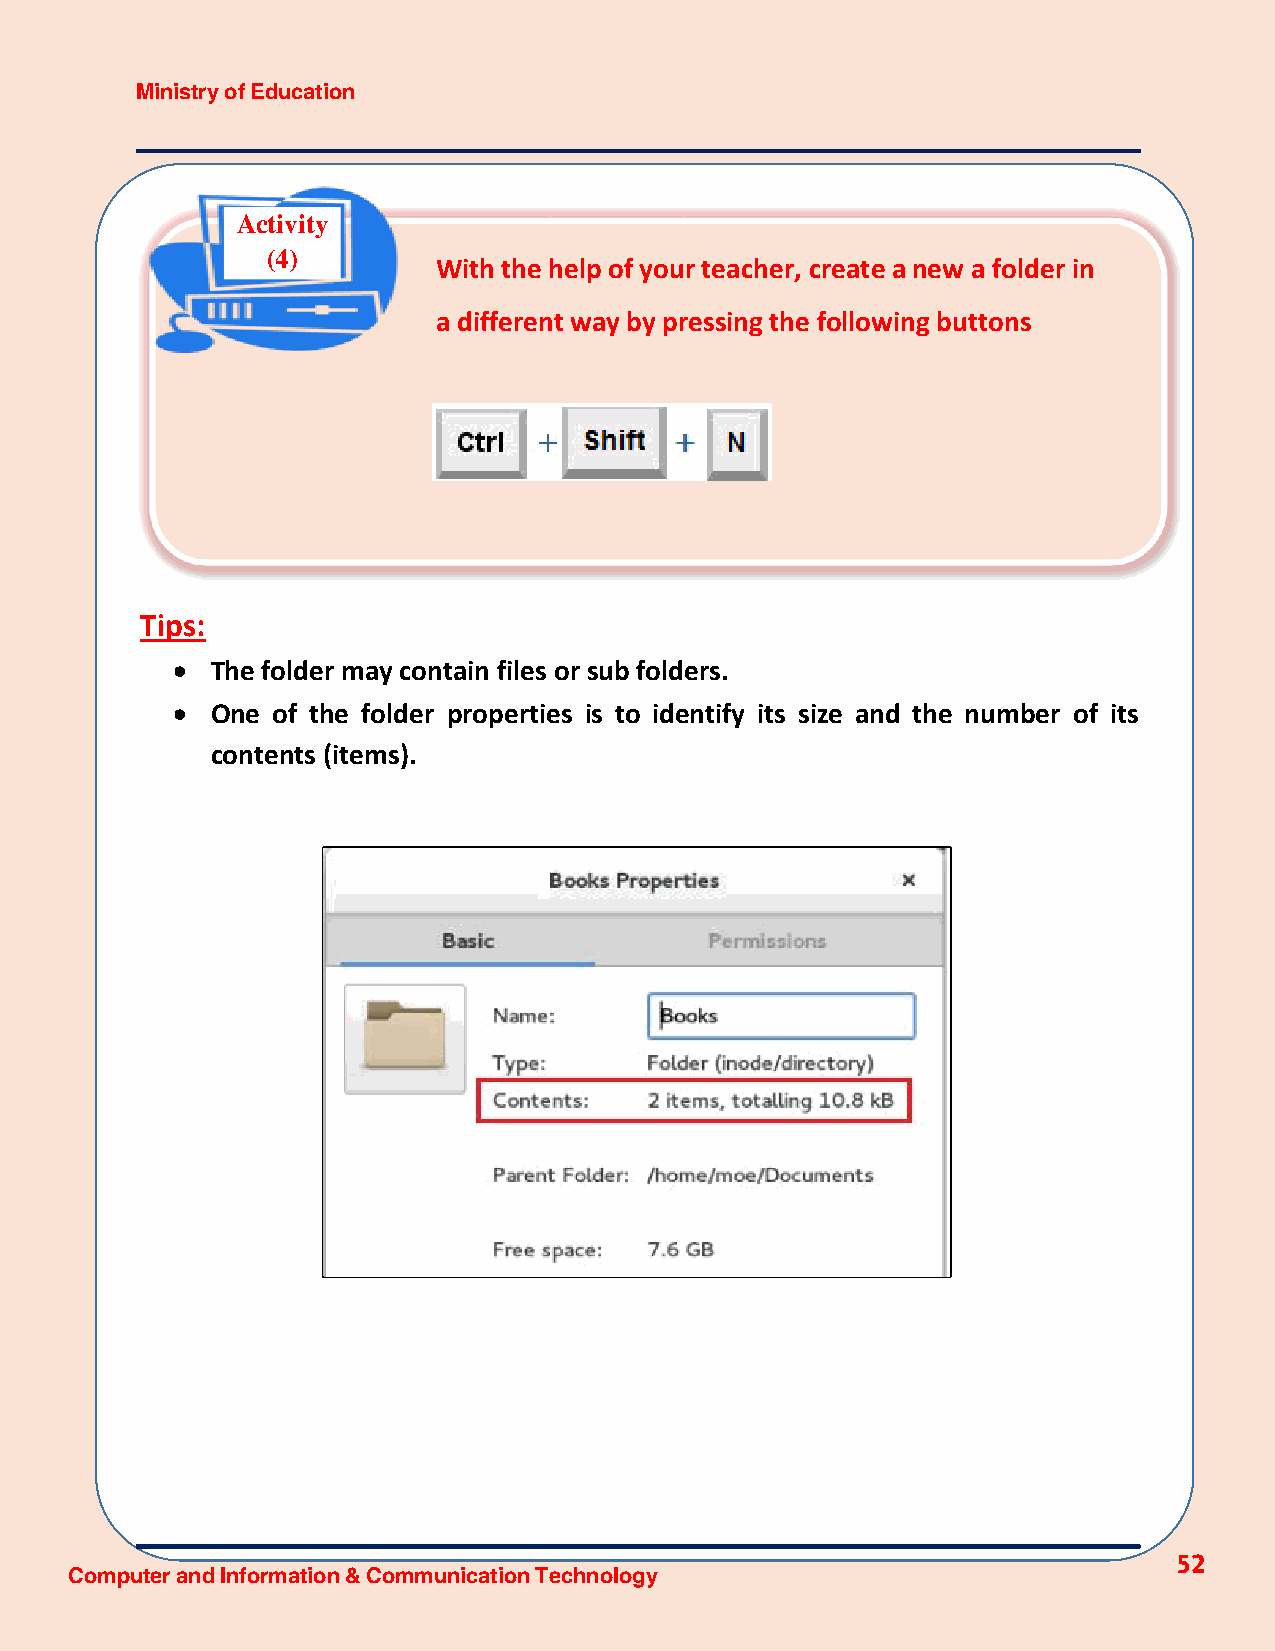
Ministry of Education
 Activity
 (4)
 With the help of your teacher, create a new a folder in
 a different way by pressing the following buttons
 Tips:
   The folder may contain files or sub folders.
   One of the folder properties is to identify its size and the number of its
 contents (items).
 52
 Computer and Information & Communication Technology